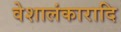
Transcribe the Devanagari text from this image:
वेशालंकारादि